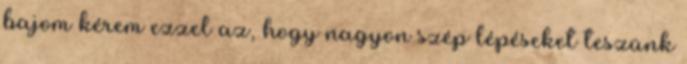
bajom kérem ezzel az, hogy nagyon szép lépéseket teszünk